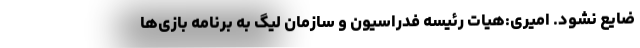
ضایع نشود. امیری:هیات رئیسه فدراسیون و سازمان لیگ به برنامه بازی‌ها